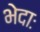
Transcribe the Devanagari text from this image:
भेदाः